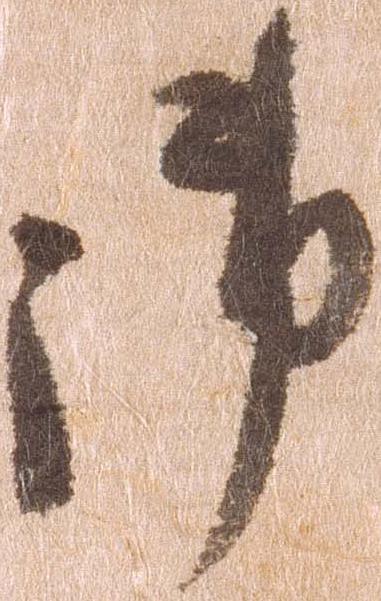
御